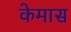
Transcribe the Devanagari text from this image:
केमास